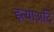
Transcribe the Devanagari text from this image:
इत्याअदि